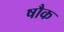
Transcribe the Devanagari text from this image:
षौक